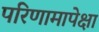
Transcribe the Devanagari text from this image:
परिणामापेक्षा